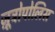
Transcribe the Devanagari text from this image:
ज़ूट्रोपोलिस